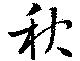
秋